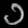
Digit: ၁